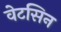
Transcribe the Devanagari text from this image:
वेटसिन